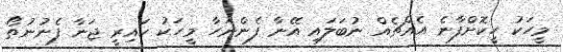
މީހަކު ހީކޮށްފާނެ އެއްޗެއް ނުބަލައި އޭނާ ފެންނަހާ މީހަކު ކައިރީ ޖަނާ ފެނުނުތޯ